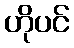
ဟိုပင်